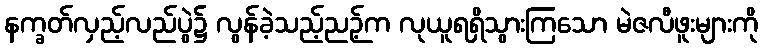
နက္ခတ်လှည့်လည်ပွဲ၌ လွန်ခဲ့သည့်ညဉ့်က လုယူရရှိသွားကြသော မဲဇလီဖူးများကို